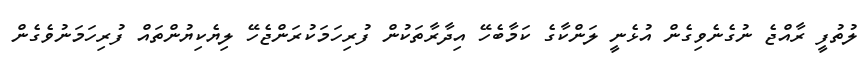
ލުތުފީ ރާއްޖެ ނުގެނެވިގެން އުޅެނީ ލަންކާގެ ކަމާބެހޭ އިދާރާތަކުން ފުރިހަމަކުރަންޖެހޭ ލިޔެކިޔުންތައް ފުރިހަމަނުވެގެން